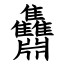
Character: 䨊